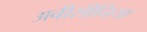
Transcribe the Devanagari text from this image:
अबीसीनिया